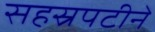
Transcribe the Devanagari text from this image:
सहस्रपटीने